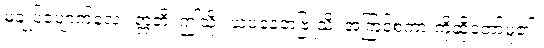
မချုပ်ပျောက်လေ။ ဣတိ၊ ဤသို့။ ယံပနေတံဗြူသိ၊ အကြင်စကားကိုဆိုတော်မူ၏။